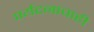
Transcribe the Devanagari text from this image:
पर्यटनाचाही